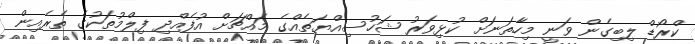
ކްރޯޑް ލިބިގެން ވަނީ މިހާތަނަށް ކުޅިވަރު ޝަހުސިއްޔަތެއްގެ މައްޗަށް އުފެއްދި ފިލްމުތަކުގެ ތެރެއިން